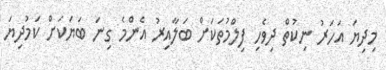
މިދިޔަ އަހަރު ނިކުތް ދިވެހި ފިލްމުތަކަށް ބަލާއިރު އެންމެ ގިނަ ބަޔަކަށް ކަމުދިޔަ